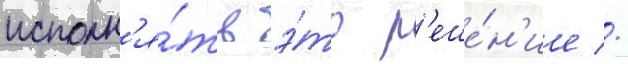
исполн'я́ть э́то р'еше́н'ие //